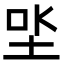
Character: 𡋏